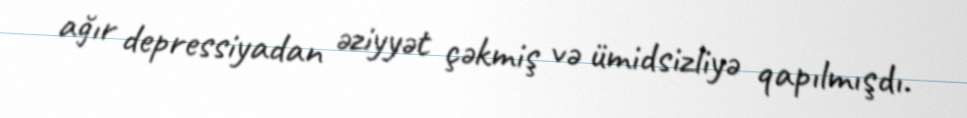
ağır depressiyadan əziyyət çəkmiş və ümidsizliyə qapılmışdı.